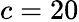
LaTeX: c=20